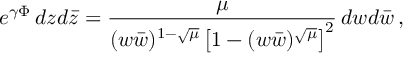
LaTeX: e ^ { \gamma \Phi } \, d z d \bar { z } = \frac { \mu } { ( w \bar { w } ) ^ { 1 - \sqrt { \mu } } \left[ 1 - ( w \bar { w } ) ^ { \sqrt { \mu } } \right] ^ { 2 } } \, d w d \bar { w } \, ,